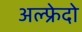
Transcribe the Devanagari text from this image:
अल्फ्रेदो